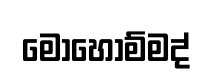
මොහොම්මද්